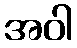
အဝါ